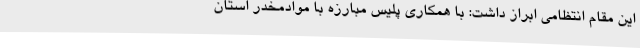
این مقام انتظامی ابراز داشت: با همکاری پلیس مبارزه با موادمخدر استان